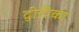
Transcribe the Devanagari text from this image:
द्वीपिका